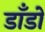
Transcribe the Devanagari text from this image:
डाँडों